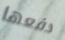
دفعها